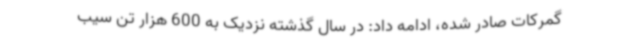
گمرکات صادر شده، ادامه داد: در سال گذشته نزدیک به 600 هزار تن سیب